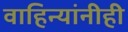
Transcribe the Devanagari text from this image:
वाहिन्यांनीही